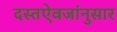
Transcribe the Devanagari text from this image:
दस्तऐवजांनुसार